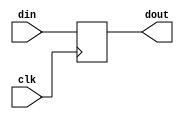
module delay
#(
  parameter WIDTH = 1,
  parameter DELAY = 1
)
(
  input  wire clk,
  input  wire [WIDTH-1:0] din,
  output wire [WIDTH-1:0] dout
);


reg [WIDTH-1:0] level_buf [1:DELAY+1];

wire [WIDTH-1:0] level [0:DELAY];

assign level[0] = din;

integer j;
initial
  begin
    for (j = 1; j <= DELAY; j = j + 1)
      level_buf[j] = {WIDTH{1'b0}};
 end

genvar i;
generate
  for (i=0; i < DELAY; i=i+1)
    begin : gen_delay
      always @(posedge clk)
        level_buf[i+1] <= level[i];

      assign level[i+1] = level_buf[i+1];
    end
endgenerate

assign dout = level[DELAY];

endmodule